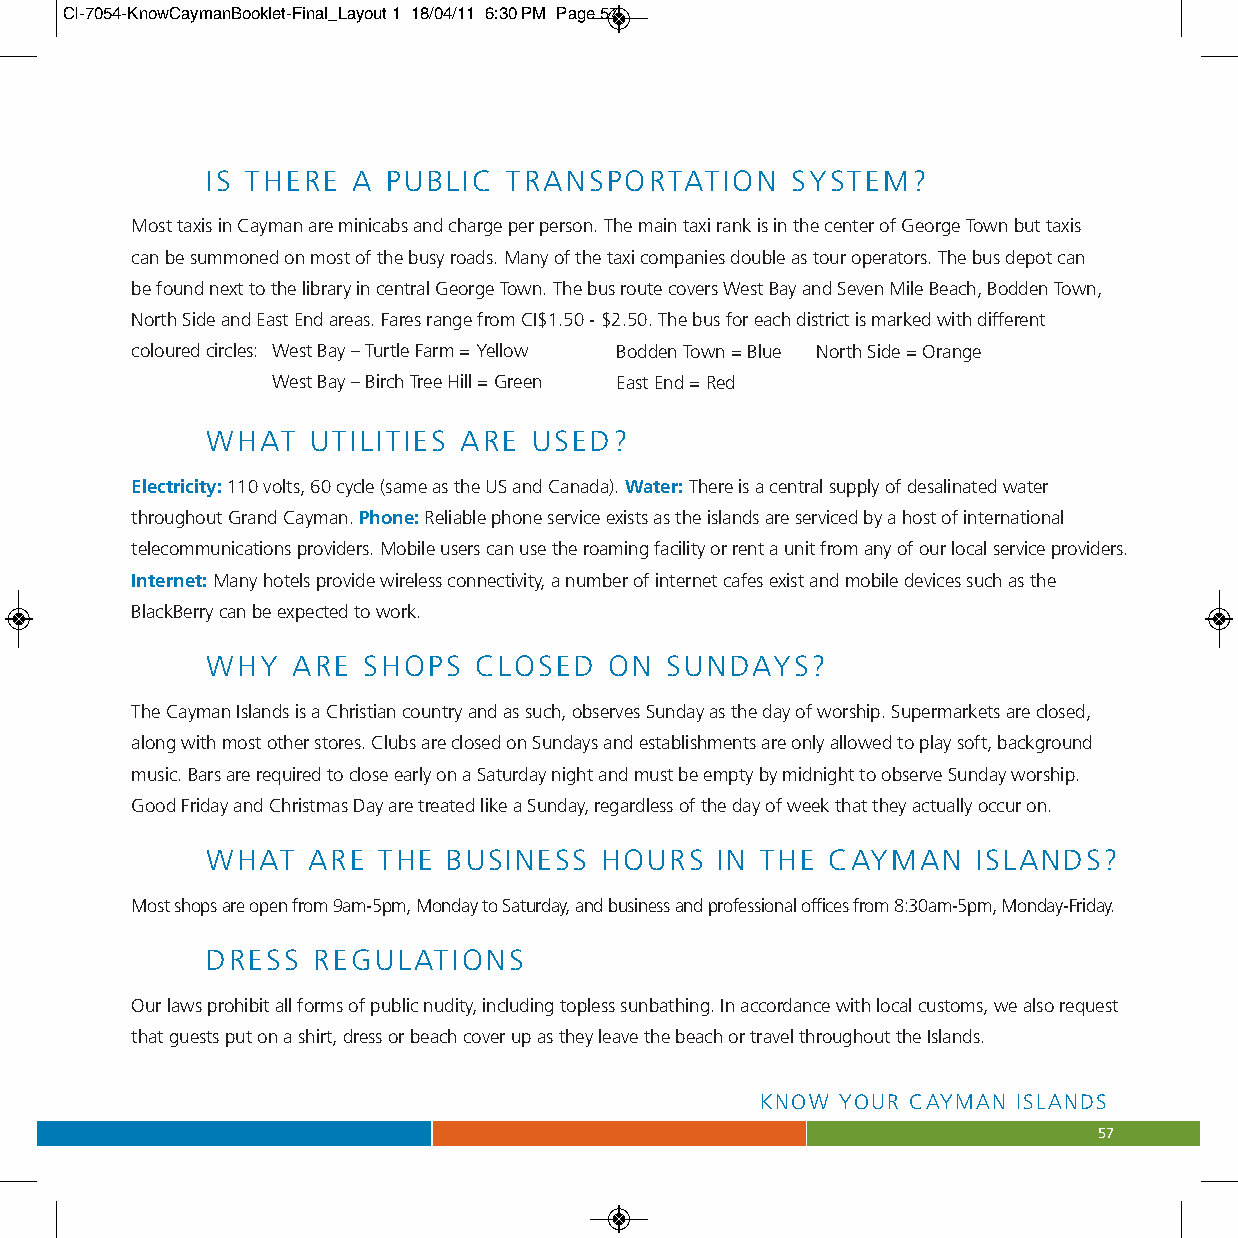
CI-7054-KnowCaymanBooklet-Final_Layout 1 18/04/11 6:30 PM Page 57
 IS THERE A  PUBLIC TRANSPORTATION     SYSTEM?
 Most taxis in Cayman are minicabs and charge per person. The main taxi rank is in the center of George Town but taxis
 can be summoned on most of the busy roads. Many of the taxi companies double as tour operators. The bus depot can
 be found next to the library in central George Town. The bus route covers West Bay and Seven Mile Beach, Bodden Town,
 North Side and East End areas. Fares range from CI$1.50 - $2.50. The bus for each district is marked with different
 coloured circles: West Bay – Turtle Farm = Yellow Bodden Town = Blue North Side = Orange
 West Bay – Birch Tree Hill = Green East End = Red
 WHAT  UTILITIES ARE  USED?
 Electricity:110 volts, 60 cycle (same as the US and Canada). Water:There is a central supply of desalinated water
 throughout Grand Cayman. Phone:Reliable phone service exists as the islands are serviced by a host of international
 telecommunications providers. Mobile users can use the roaming facility or rent a unit from any of our local service providers.
 Internet:Many hotels provide wireless connectivity, a number of internet cafes exist and mobile devices such as the
 BlackBerry can be expected to work.
 WHY  ARE  SHOPS  CLOSED   ON  SUNDAYS?
 The Cayman Islands is a Christian country and as such, observes Sunday as the day of worship. Supermarkets are closed,
 along with most other stores. Clubs are closed on Sundays and establishments are only allowed to play soft, background
 music. Bars are required to close early on a Saturday night and must be empty by midnight to observe Sunday worship.
 Good Friday and Christmas Day are treated like a Sunday, regardless of the day of week that they actually occur on.
 WHAT  ARE  THE  BUSINESS  HOURS  IN THE  CAYMAN    ISLANDS?
 Most shops are open from 9am-5pm, Monday to Saturday, and business and professional offices from 8:30am-5pm, Monday-Friday.
 DRESS  REGULATIONS
 Our laws prohibit all forms of public nudity, including topless sunbathing. In accordance with local customs, we also request
 that guests put on a shirt, dress or beach cover up as they leave the beach or travel throughout the Islands.
 KNOW  YOUR CAYMAN ISLANDS
 57